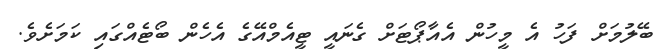
ބޭލުމަށް ފަހު އެ މީހުން އެއާޕޯޓަށް ގެނައީ ޓީއެމްއޭގެ އެހެން ބޯޓެއްގައި ކަމަށެވެ.